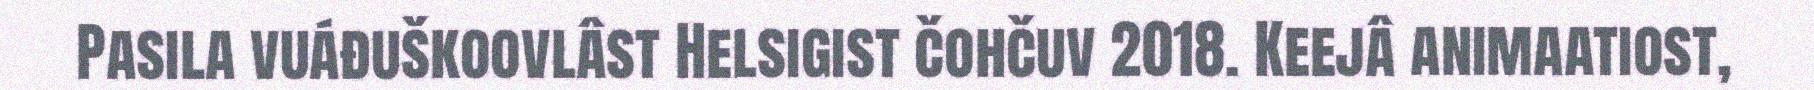
Pasila vuáđuškoovlâst Helsigist čohčuv 2018. Keejâ animaatiost,